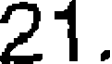
21.